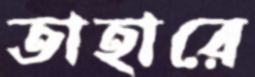
তাহারে